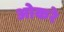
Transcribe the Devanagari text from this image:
ओकरे